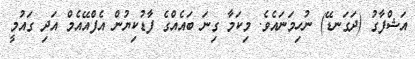
އަޝްފާގު (ދަގަނޑޭ) ނުހިމަނައެވެ. މިކަމާ ގިނަ ބައެއްގެ ފާޑުކިޔުން އެފްއޭއެމް އަދި ގައުމީ